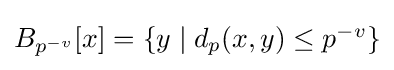
\textstyle B_{p^{-v}}[x]=\{y\mid d_{p}(x,y)\leq p^{-v}\}